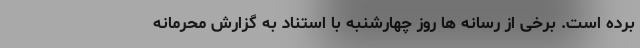
برده است. برخی از رسانه ها روز چهارشنبه با استناد به گزارش محرمانه